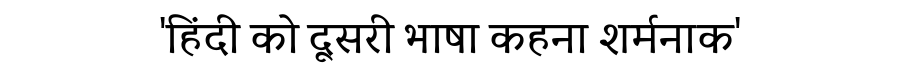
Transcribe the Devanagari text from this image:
'हिंदी को दूसरी भाषा कहना शर्मनाक'